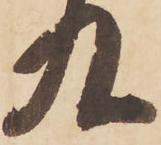
九